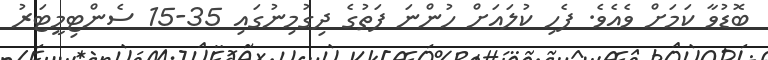
ބޮޑުވާ ކަމަށް ވެއެވެ. ފެހި ކުލައަށް ހުންނަ ފަތުގެ ދިގުމިނުގައި 35-15 ސެންޓިމީޓަރު